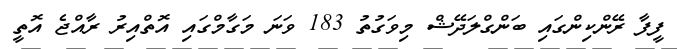
ފީފާ ރޭންކިންގައި ބަންގްލަދޭޝް މިވަގުތު 183 ވަނަ މަގާމްގައި އޮތްއިރު ރާއްޖެ އޮތީ